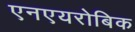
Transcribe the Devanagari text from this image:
एनएयरोबिक